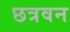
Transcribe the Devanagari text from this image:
छत्रवन